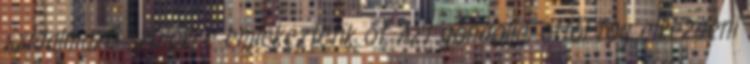
szidalmazó szülőkre emlékeztetik őt. Azt gondolja, ettől fog elkezdeni